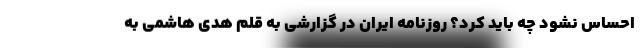
احساس نشود چه باید کرد؟ روزنامه ایران در گزارشی به قلم هدی هاشمی به